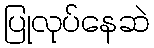
ပြုလုပ်နေဆဲ